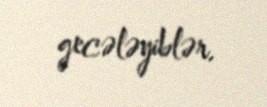
gecələyiblər.